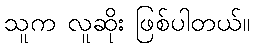
သူက လူဆိုး ဖြစ်ပါတယ်။